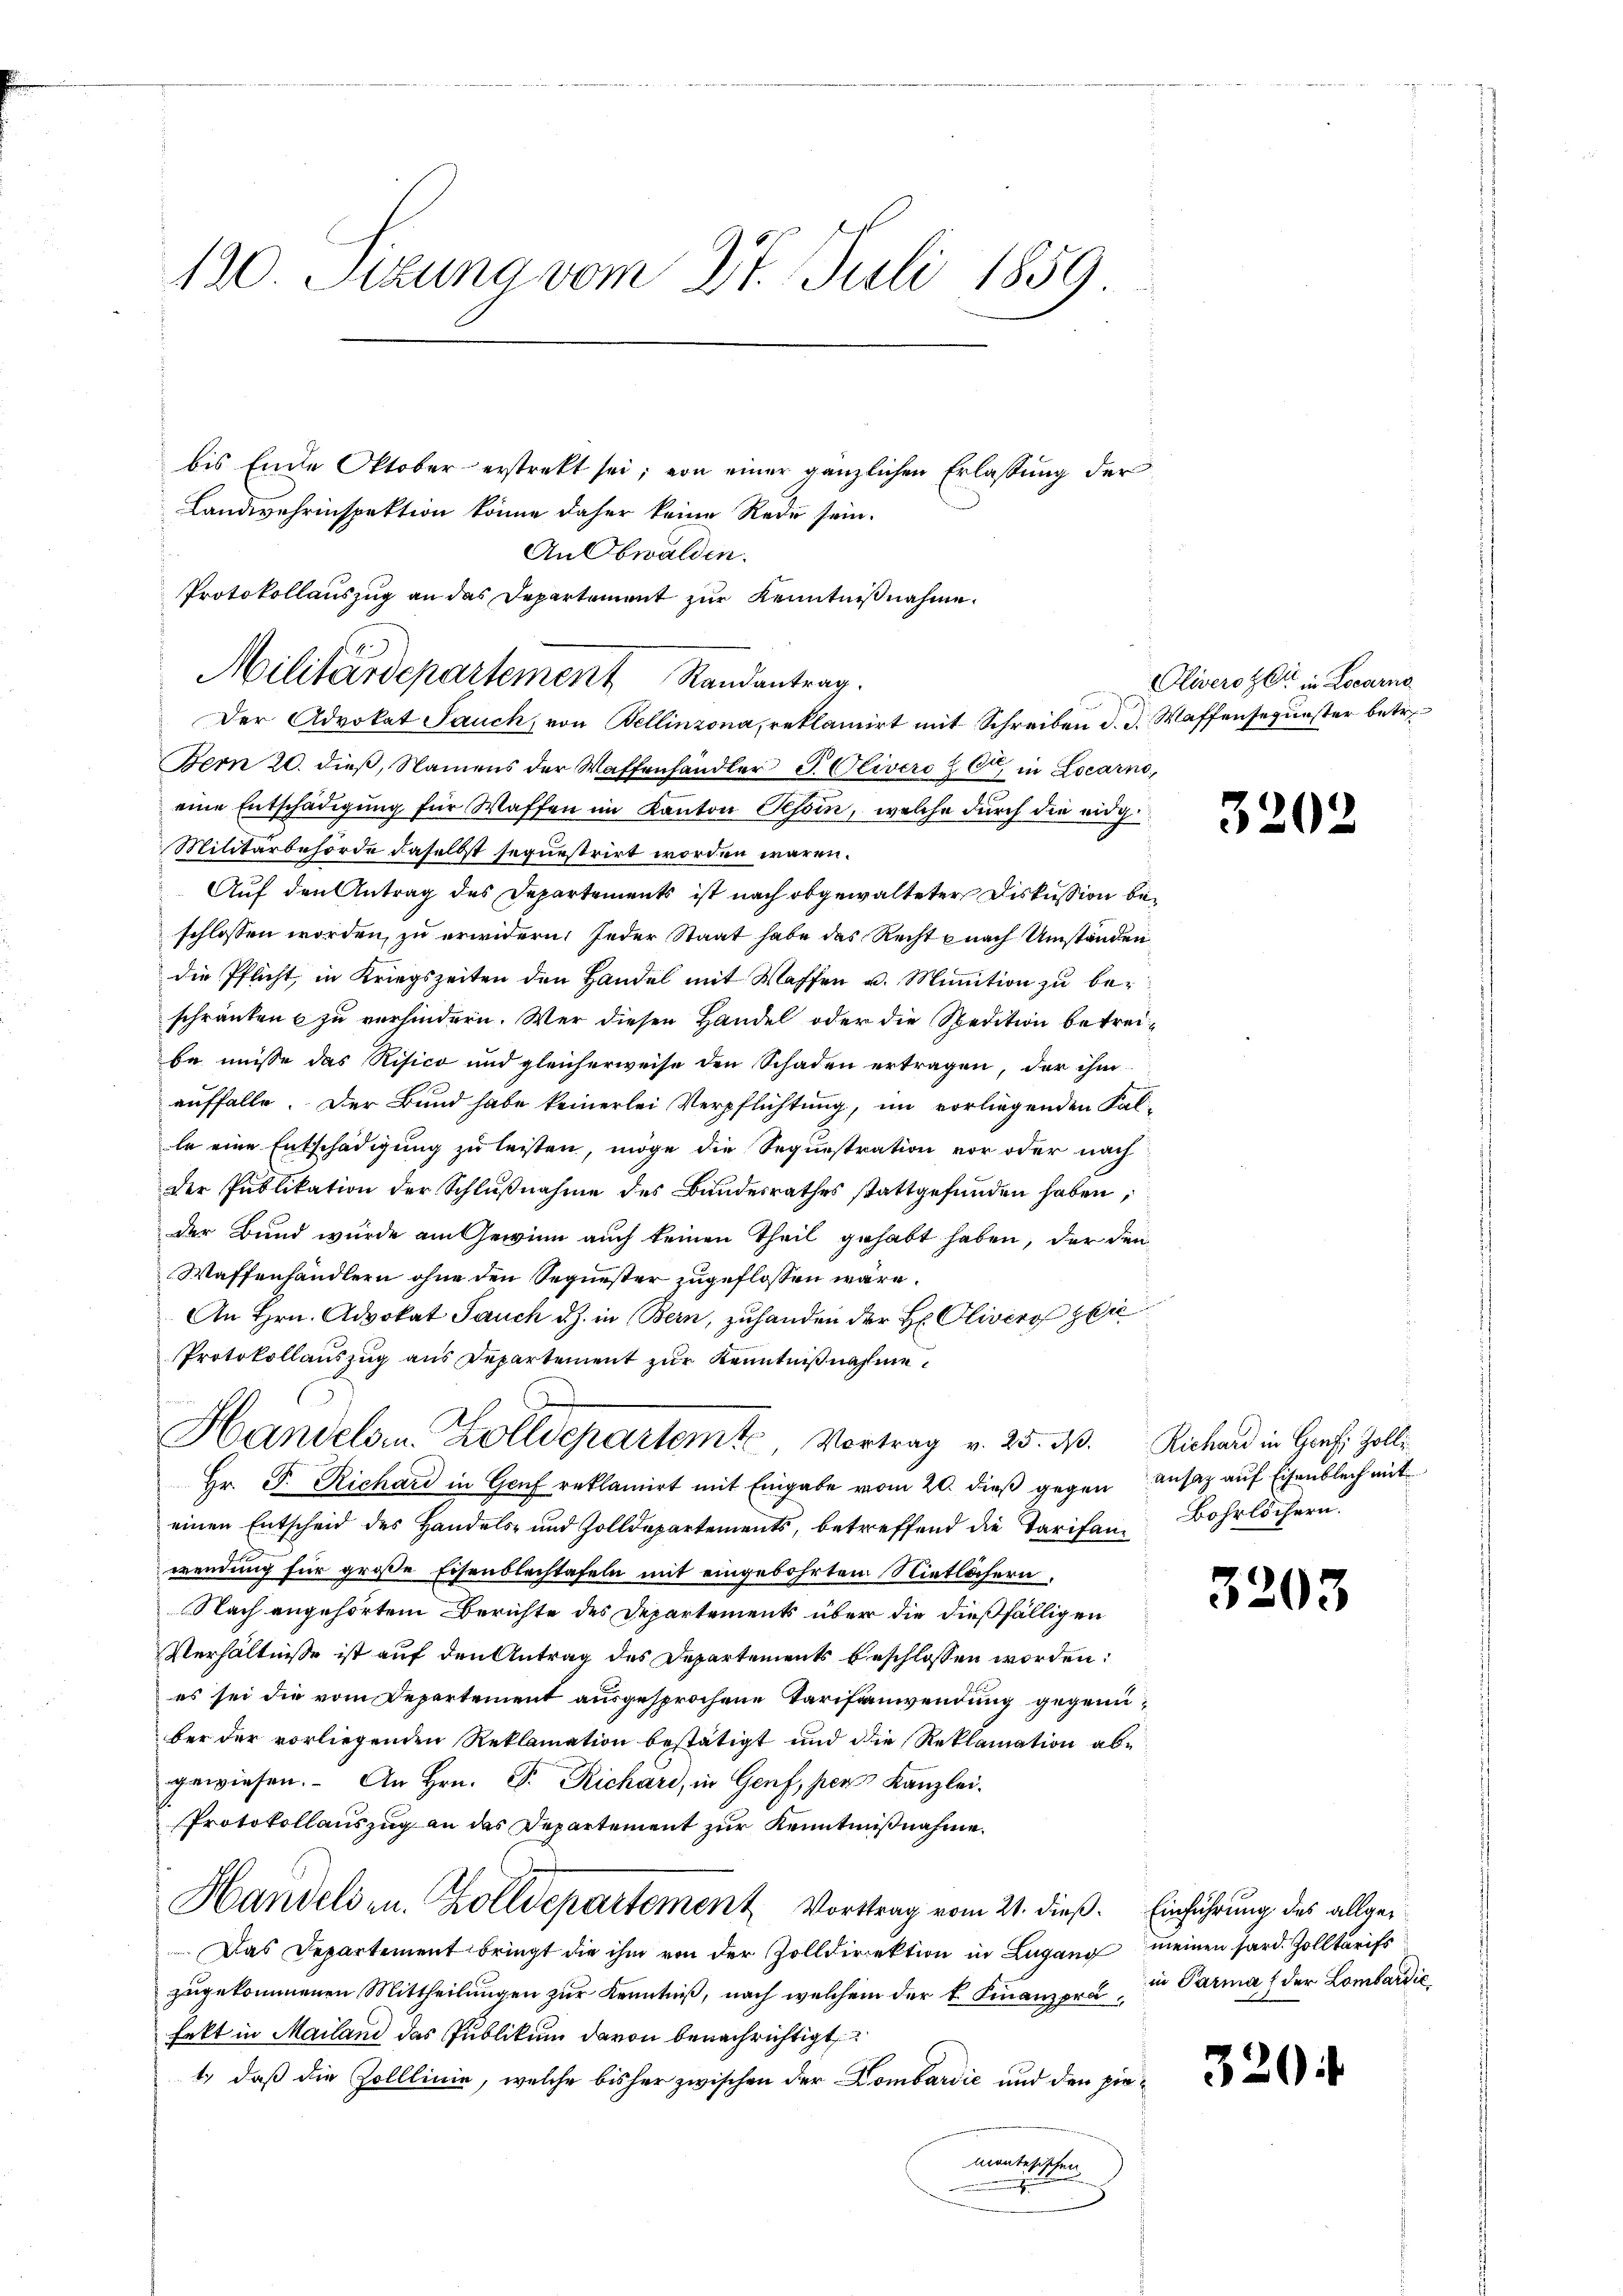
120. Setzung vom 27. Juli 1859

bis Ende Oktober erstrekt sei; von einer gänzlichen Erlassung der
Landwehrinspektion könne daher keine Rede sein.
Der Advokat Sauch, von Bellinzona, reklamirt mit Schreiben d. d. Waffensequester betr.
Bern 20. dieß, Namens der Waffenhändler S. Olivero z C in Locarno,
eine Entschädigung für Waffen im Kanton Tessin, welche durch die eidg¬
Militärbehörde daselbst sequestrirt worden wären.
Auf den Antrag des Departements ist nach obgewalteter Diskussion beschlossen worden, zu erwidern. Jeder Staat habe das Recht nach Umständen
die Pflicht, in Kriegszeiten den Handel mit Waffen u. Munition zu beschränken zu verhindern. Wer diesen Handel oder die Spedition betreibe müsse das Risico und gleicherweise den Schaden ertragen, der ihm
auffalle. Der Bund habe keinerlei Verpflichtung, im vorliegenden Falle eine Entschädigung zu leisten, möge die Sequestration vor oder nach
der Publikation der Schlußnahme des Bundesrathes stattgefunden haben,
der Bund wurde am Gewinn auch keinen Theil gehabt haben, der den
Waffenhändlern ohne den Sequester zugeflossen wäre.
An Hrn. Advokat Sauch d. J. in Bern, zuhanden der H. Olivers zei
Protokollauszug aus Departement zur Kenntnißnahme
Handeln. Zolldepartemte Vortrag v. 25. d. Richard in Graf, Zolli¬
Hr. P. Richard in Genf reklamirt mit Eingabe vom 20. dieß gegen ansaz auf Eisenblech mit
einen Entscheid des Handels- und Zolldepartements, betreffend die Tarifan Bohrlichern.
wendung für große Eisenblechtafeln mit eingebohrten Nietlichern
Nach angehörtem Berichte des Departements über die dießfälligen
Verhältnisse ist auf den Antrag des Departements beschlossen worden:
es sei die vom Departement ausgesprochene Tarifanwendung gegenüber der vorliegenden Reklamation bestätigt und die Reklamation abe
gewiesen. An Hrn. F. Richari, in Genf, pers Kanzlei.
Protokollauszug an das Departement zur Kenntnißnahme.
Handelsen. Zolldepartement Vortrag vom 21. dieß. Einführung des allge¬
Das Departement bringt die ihm von der Zolldirektion in Lugang meinen Sard. Zolltarifs
zŭgekommenen Mittheilŭngen zŭr Kenntniβ, nach welchem der k. Finanzora in Parma der Lombardić
fakt in Mailand das Publikum davon benachrichtigt
1.) daß die Zolllinie, welche bisher zwischen der Lombardić und den pirmantesischen

An Obwalden.
Protokollauszug an das Departement zur Kenntnißnahme
Militärdepartement Randantrag.

e

Oliverster in Locarno

3202

3203

320.